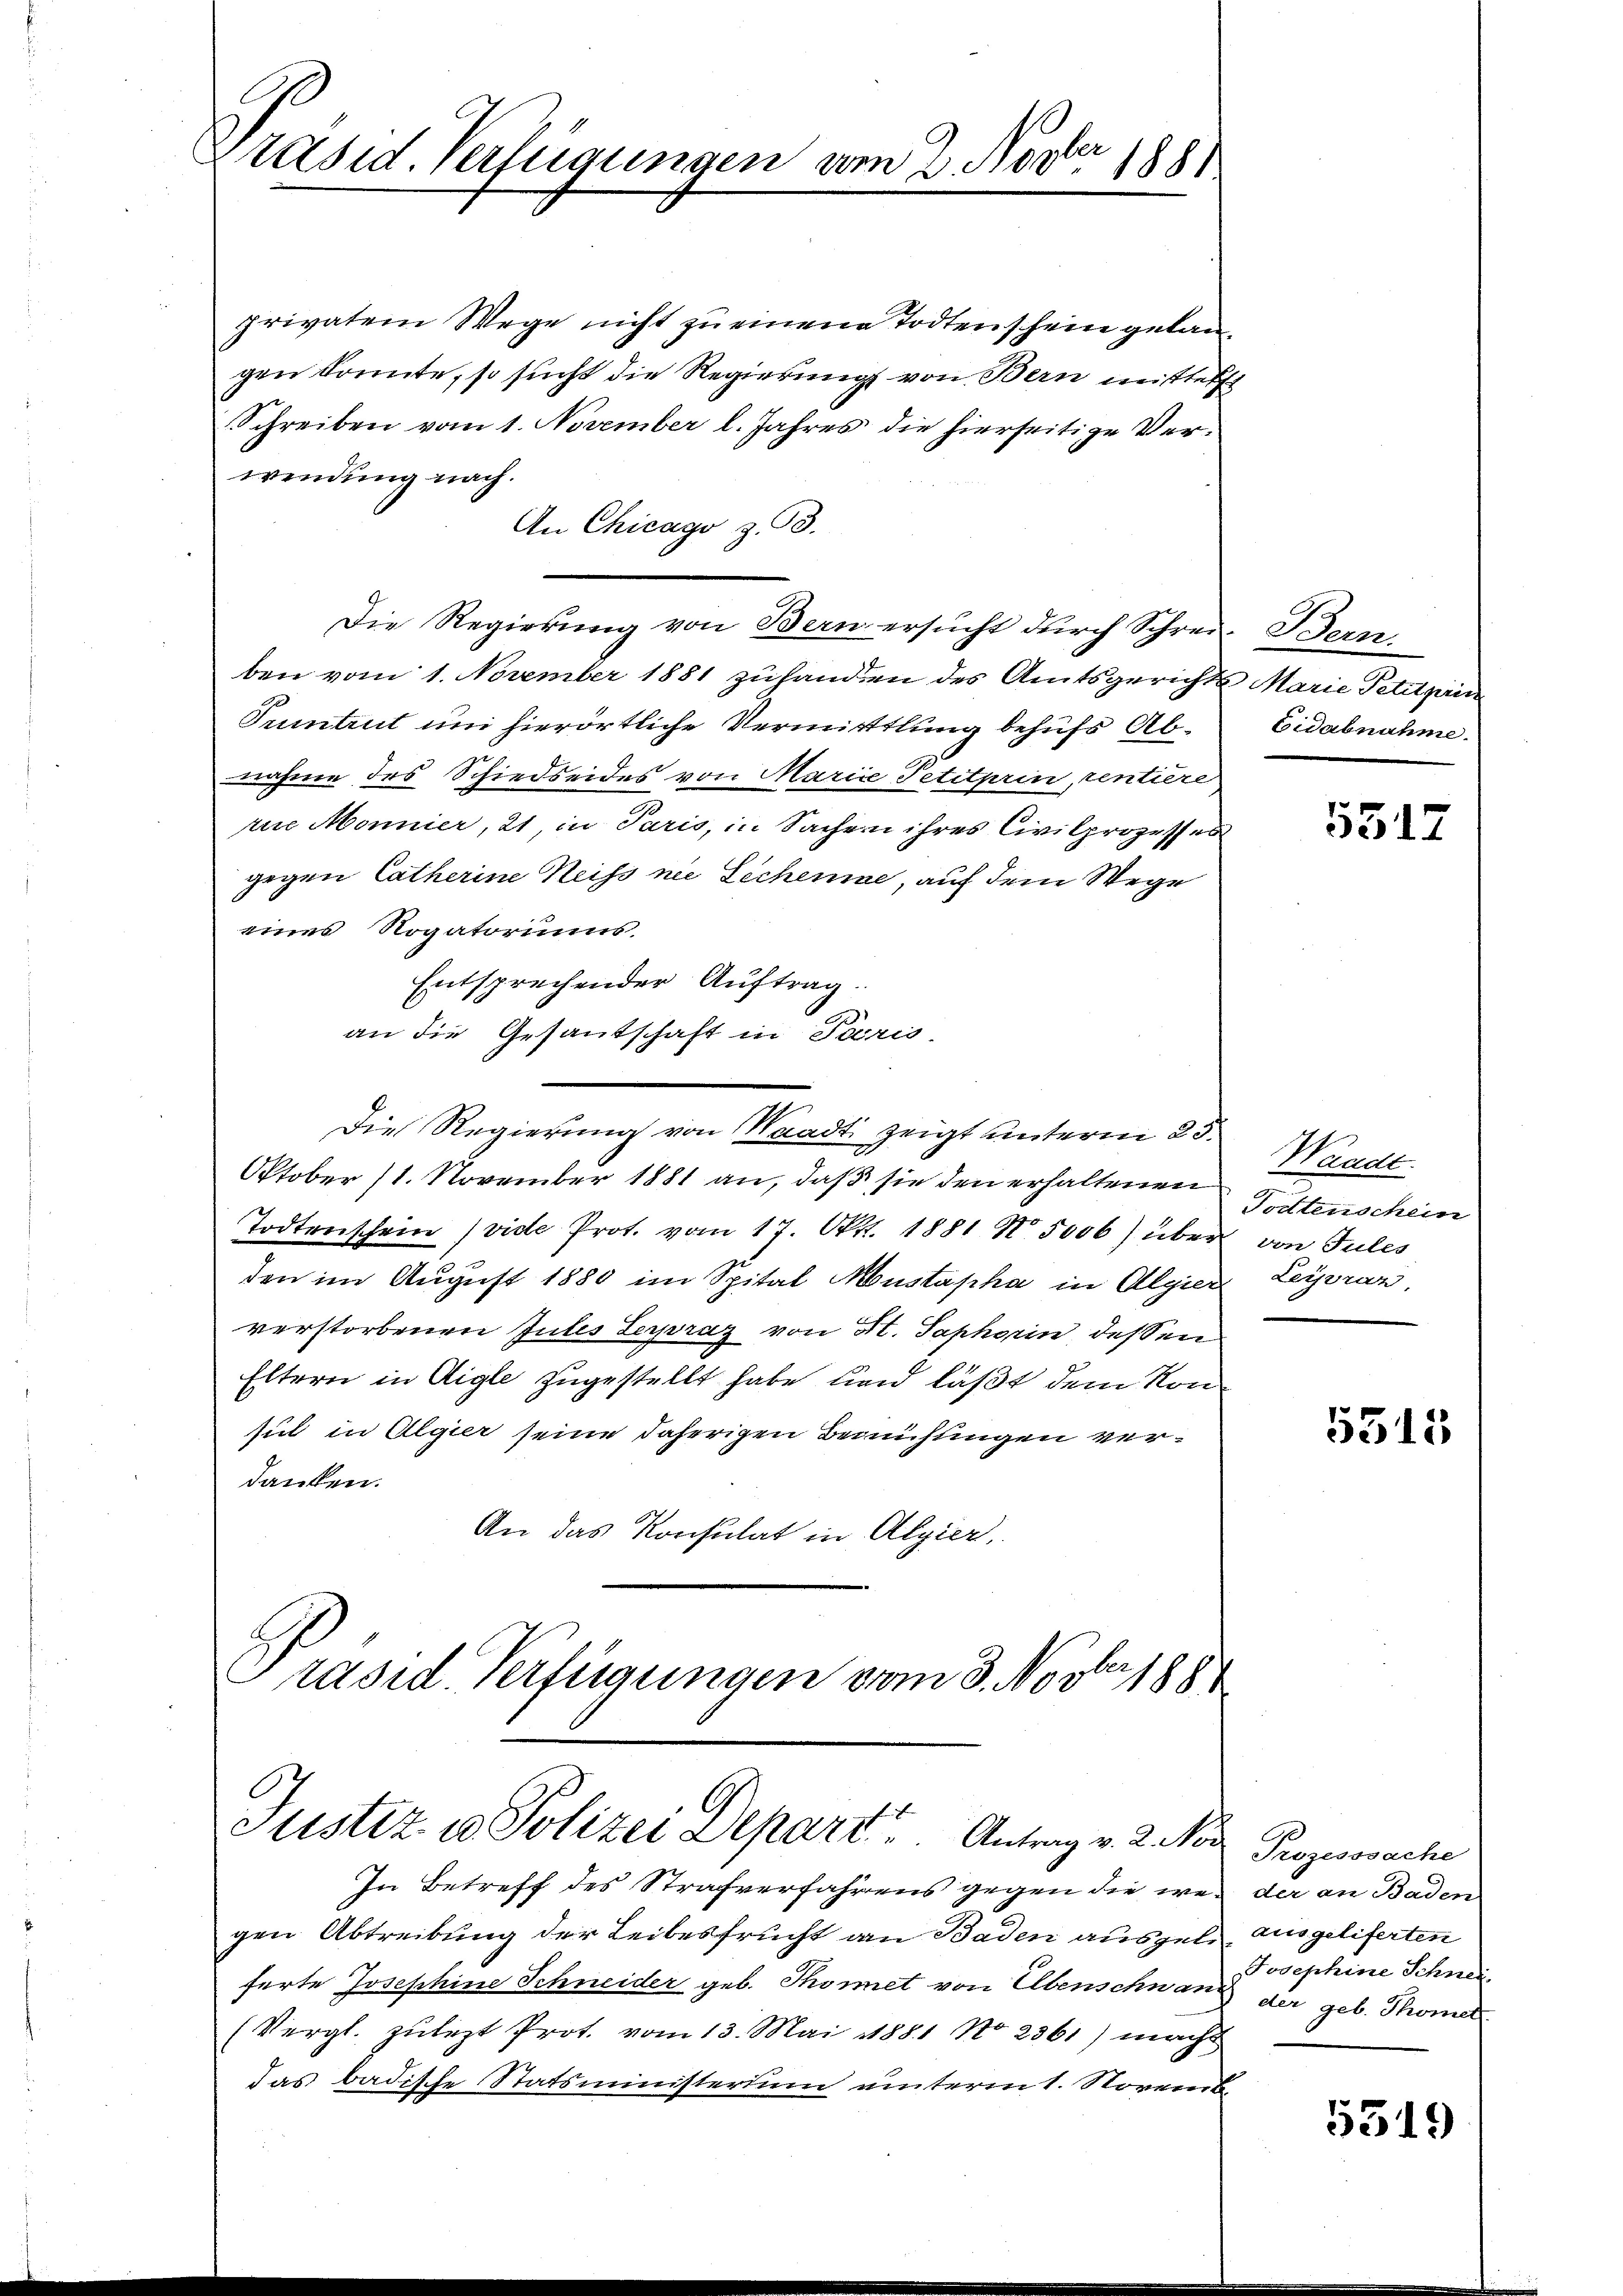
Präsid. Verfügungen vom 2. Novbr 1881

privatem Wege nicht zu einen Todtenschein gelangen konnte, so sucht die Regierung von Bern mittelst
Schreiben vom 1. November l. Jahres die hierseitige Verwendung nach.
An Chicago z. 93.
Die Regierung von Bern ersucht durch Schreiben vom 1. November 1881 zuhanden des Amtsgerichts Marie Petitprin
Tuintrut um hierörtliche Vermittlung behufs Abnahme des Schiedseides von Marice Petitprin, rentiere
rue Monnier, 21, in Paris, in Sachern ihres Civilprozesses
gegen Catherine Neiss nie Sichemiae, auf dem Wege
eines Rogatoriums.
Entsprechender Auftrag.
an die Gesandschaft in Paris
Die Regierung von Waadt zeigt unterm 23.
Oktober 11. November 1881 an, daß sie den erhaltenen
Todtenschein (vide Prot. vom 17. Okt. 1881 No 5006) über
den im August 1880 im Spital Mustapha in Algier
verstorbenen Jules Lerpraz von St. Saphorin dessen
Eltern in Aigle zugestellt habe und läßt dem Non
sul in Algier seine daherigen Bemühungen verdanken.
An das Konsulat in Algier,
Präsid. Verfügungen vom 3. Novbr. 188

Justiz u. Polizei Depart. Antrag v. 2. Von Prozesssache
In Betreff des Strafverfahrens gegen die weg der an Baden

gen Abtreibung der Leibesfrucht an Baden ausgele ausgeliferten
ferte Josephine Schneider geb. Thonet von Ebenschnang der geb. Thonet
(Vergl. zuletzt Prot. vom 13. Mai 1881 No 2361) macht
das badische Statsministerium unterm 1. Novemb.

Sieben
Eidabnahme.

5312

Waadt.
Todtenschein
von Tules
Leyoran,

5315

Josephine Schnei

5319